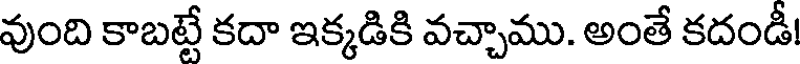
వుంది కాబట్టే కదా ఇక్కడికి వచ్చాము. అంతే కదండీ